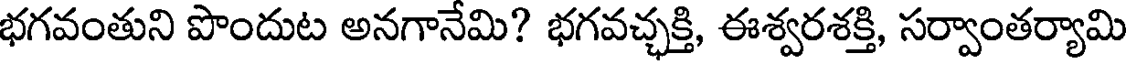
భగవంతుని పొందుట అనగానేమి? భగవచ్ఛక్తి, ఈశ్వరశక్తి, సర్వాంతర్యామి